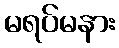
မရပ်မနား